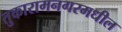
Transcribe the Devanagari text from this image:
तुकारामनगरमधील